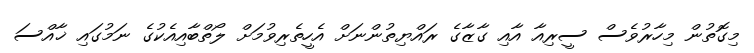
މިގޮތުން މިހާރުވެސް ސީރިއާ އާއި ގާޒާގެ ރައްޔިތުންނަށް އެހީތެރިވުމަށް ލޯތްބާއިއެކުގެ ނަމުގައި ޚާއްސަ